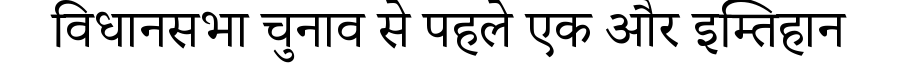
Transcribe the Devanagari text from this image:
विधानसभा चुनाव से पहले एक और इम्तिहान